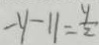
- y - 1 1 = \frac { y } { 2 }